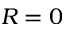
R = 0